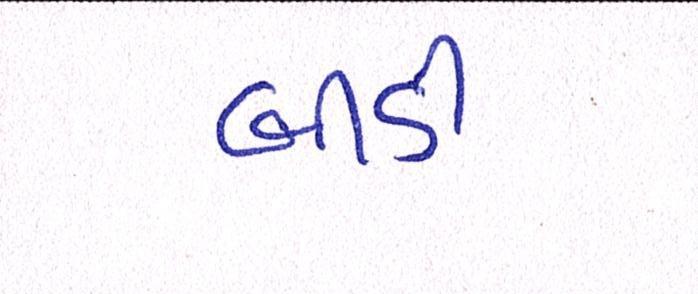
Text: બીડી